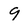
Character: 9